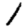
Digit: 1